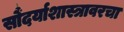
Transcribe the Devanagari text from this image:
सौंदर्याशास्त्रावरचा